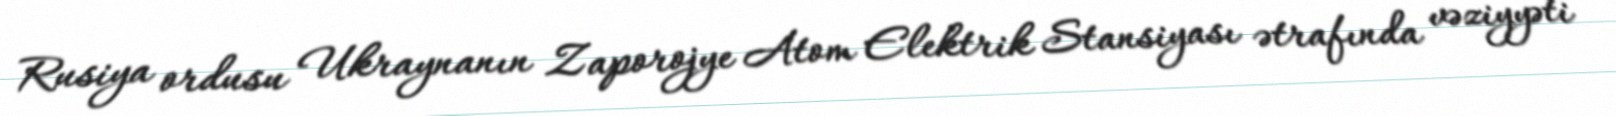
Rusiya ordusu Ukraynanın Zaporojye Atom Elektrik Stansiyası ətrafında vəziyyəti